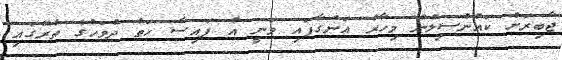
ޖާބިރަށް ކައުންސިލުން މިހާރު އަންގާފައި ވަނީ އެ ފައިސާ ހަތް ދުވަހުގެ ތެރޭގައި